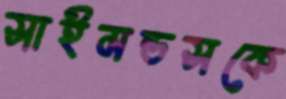
সাইমন্ডসকে